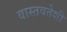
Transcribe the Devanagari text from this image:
वास्तवतेशी